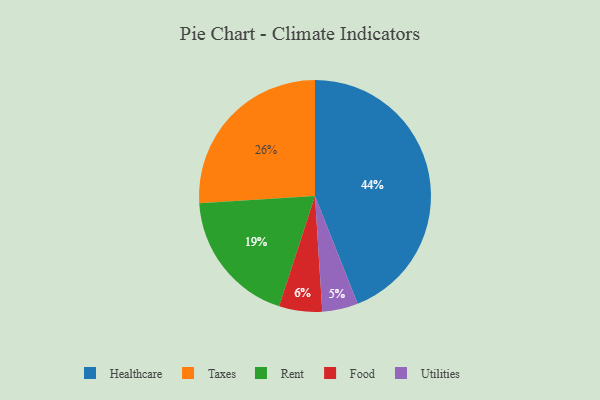
{"axis": {"x": "Category", "y": "Percentage"}, "legend": ["Food", "Healthcare", "Rent", "Taxes", "Utilities"], "data": [{"x": "Taxes", "y": 26, "type": "Taxes"}, {"x": "Utilities", "y": 5, "type": "Utilities"}, {"x": "Food", "y": 6, "type": "Food"}, {"x": "Rent", "y": 19, "type": "Rent"}, {"x": "Healthcare", "y": 44, "type": "Healthcare"}]}